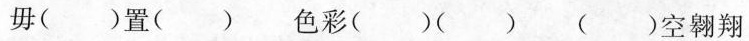
毋()置() 色彩()() ()空翱翔